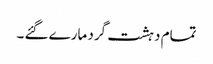
تمام دہشت گرد مارے گئے ۔